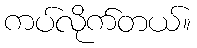
ကပ်လိုက်တယ်။